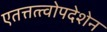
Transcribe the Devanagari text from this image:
एतत्तत्त्वोपदेशेन